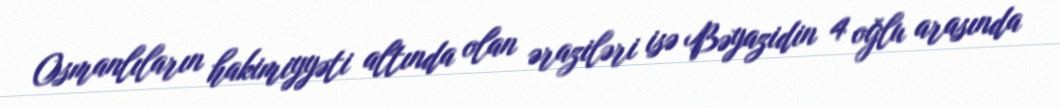
Osmanlıların hakimiyyəti altında olan əraziləri isə Bəyazidin 4 oğlu arasında